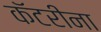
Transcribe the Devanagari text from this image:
कॅटरीना